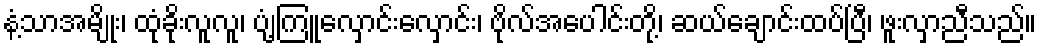
နံ့သာအမျိုး၊ ထုံခိုးလူလူ၊ ပျံ့ကြူလှောင်းလှောင်း၊ ဗိုလ်အပေါင်းတို့၊ ဆယ်ချောင်းထပ်ပြီ၊ ဖူးလှာညီသည်။